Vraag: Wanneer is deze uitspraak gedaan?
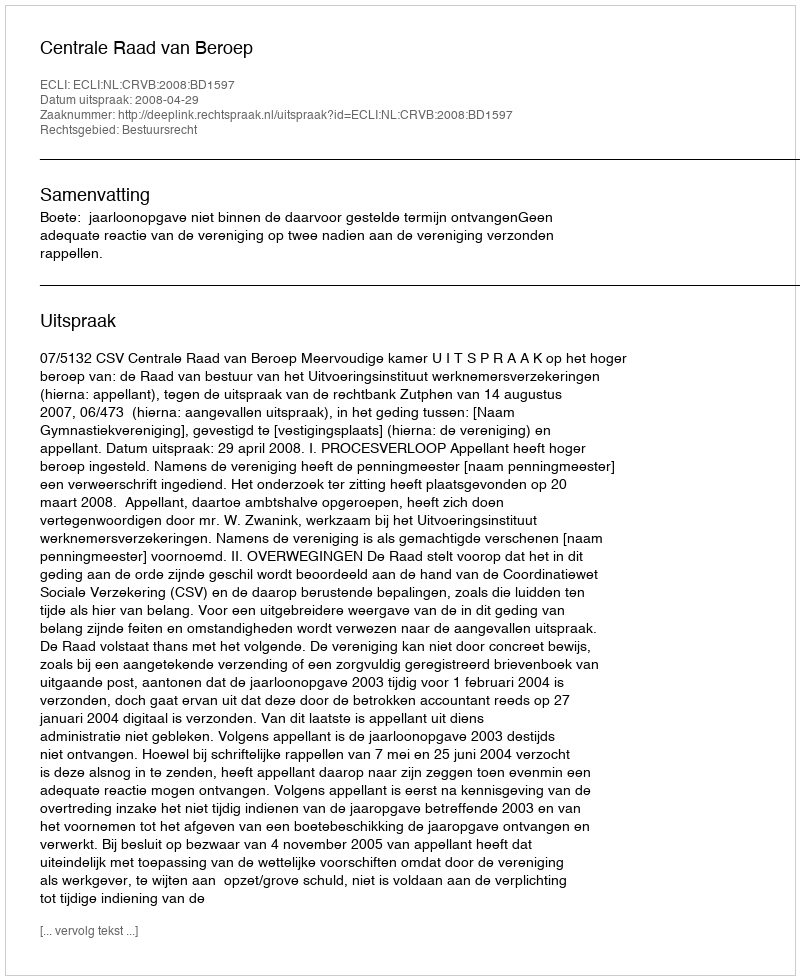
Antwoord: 2008-04-29